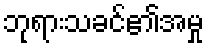
ဘုရားသခင်၏အမှု